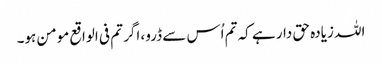
اللہ زیادہ حق دار ہے کہ تم اُس سے ڈرو، اگر تم فی الواقع مومن ہو۔